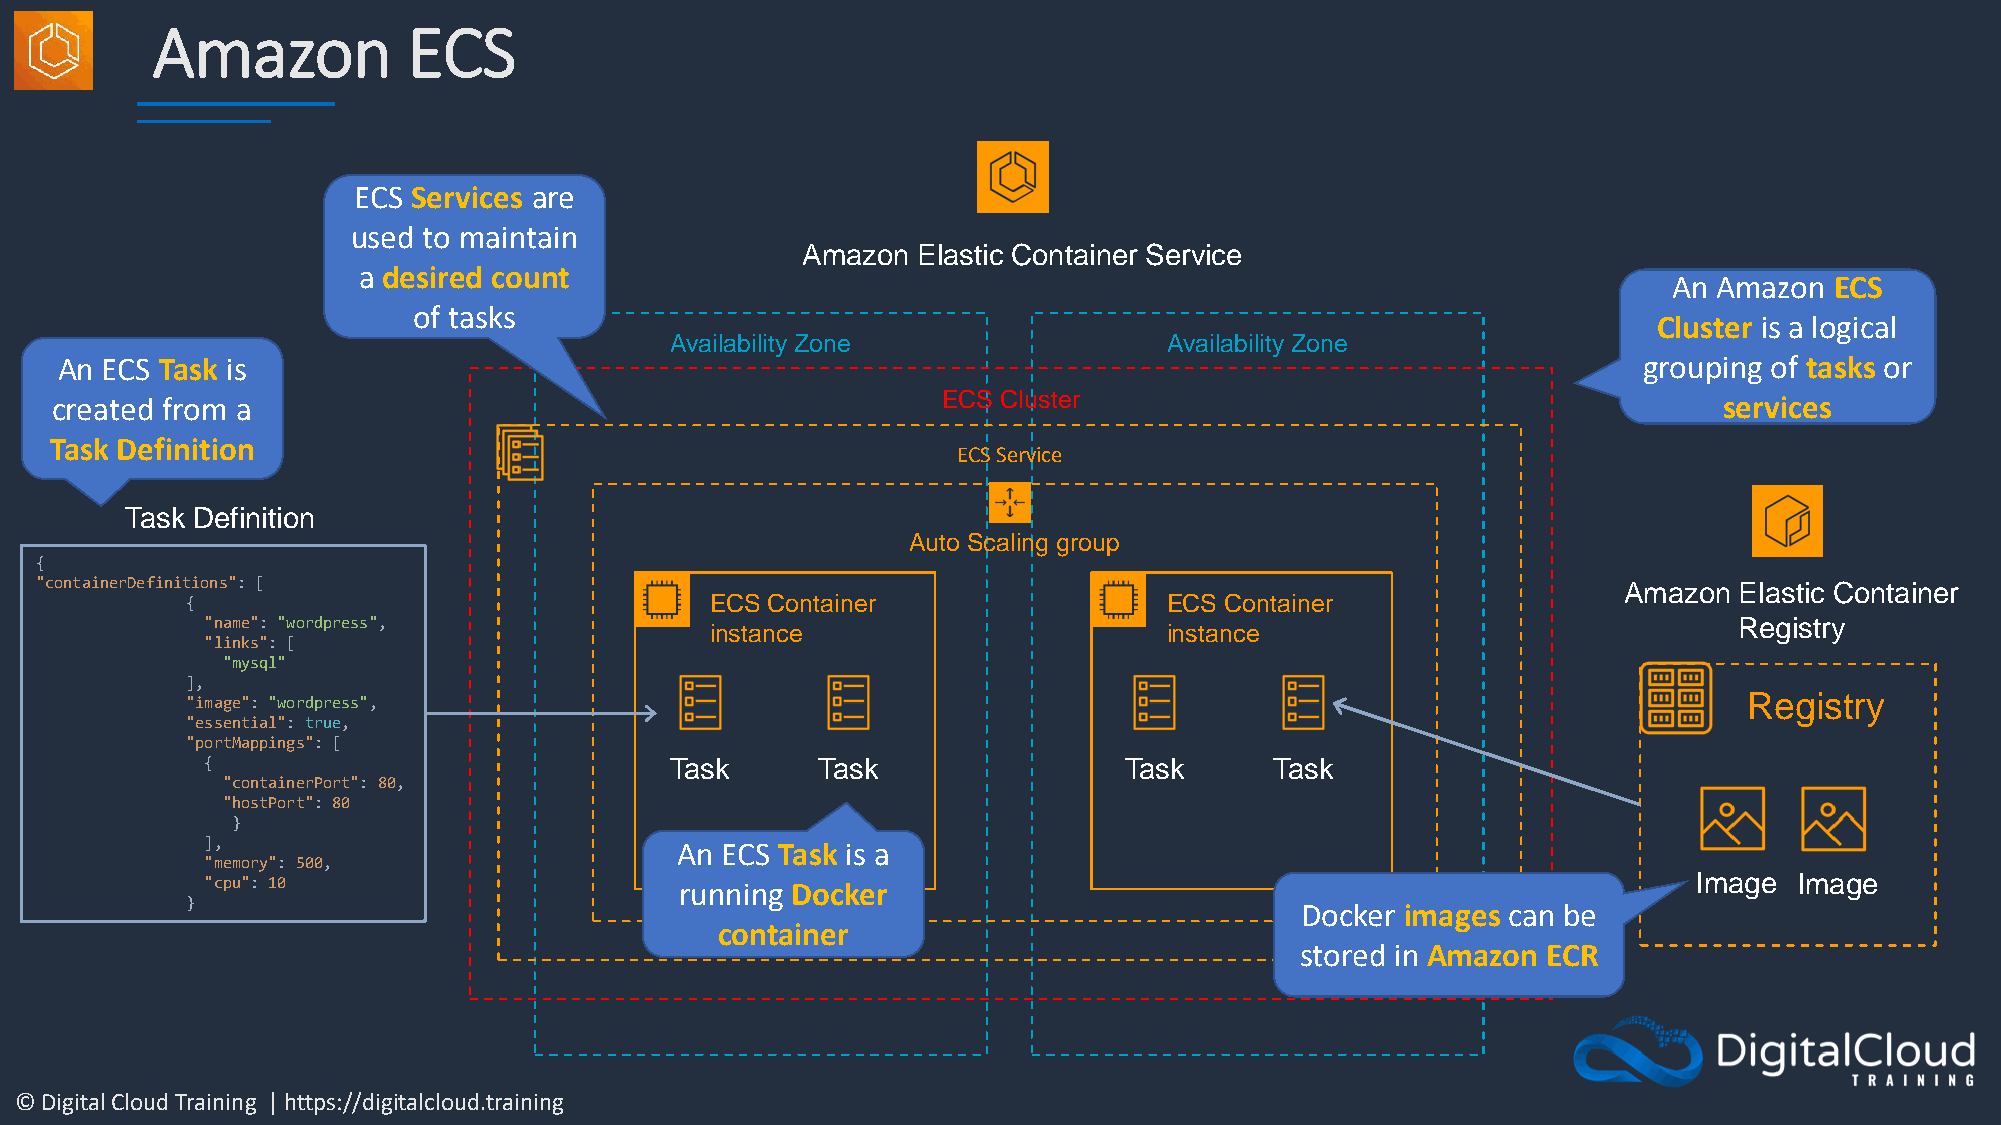
Amazon           ECS
 ECS Services are
 used to maintain
 Amazon  Elastic Container Service
 a desired count
 An Amazon ECS
 of tasks
 Cluster is a logical
 Availability Zone                Availability Zone
 An ECS Task is                                                                                           grouping of tasks or
 created from a                                             ECS Cluster                                         services
 Task Definition
 ECS Service
 Task Definition
 Auto Scaling group
 {
 "containerDefinitions": [                                                                                Amazon  Elastic Container
 {                                  ECS Container                 ECS Container
 "name": "wordpress",             instance                      instance                              Registry
 "links": [
 "mysql"
 ],
 Registry
 "image": "wordpress",
 "essential": true,
 "portMappings": [
 {                             Task      Task                Task      Task
 "containerPort": 80,
 "hostPort": 80
 }
 ],                             An ECS Task is a
 "memory": 500,
 "cpu": 10                      running Docker                                                     Image  Image
 }                                                                         Docker images can be
 container
 stored in Amazon ECR
 © Digital Cloud Training | https://digitalcloud.training